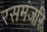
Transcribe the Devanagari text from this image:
रसमंजरि